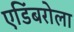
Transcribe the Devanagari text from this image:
एडिंबरोला